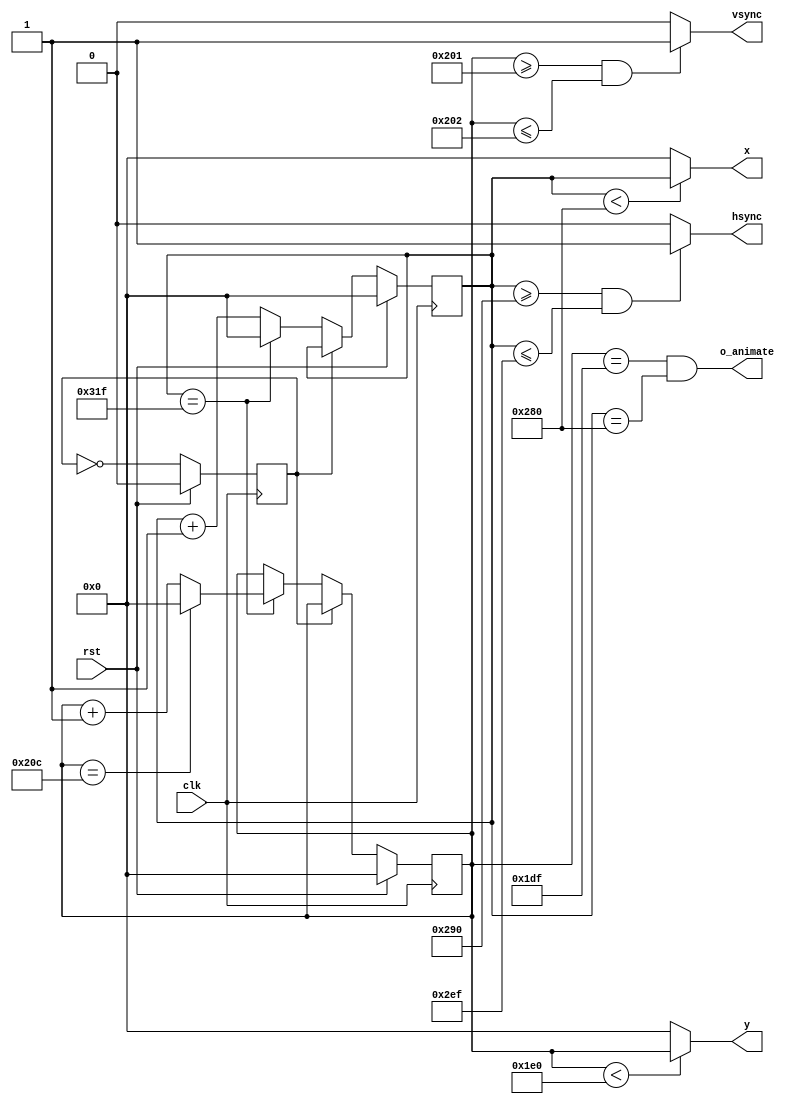
/*
   This file was generated automatically by the Mojo IDE version B1.3.6.
   Do not edit this file directly. Instead edit the original Lucid source.
   This is a temporary file and any changes made to it will be destroyed.
*/

module vga_2 (
    input clk,
    input rst,
    output reg o_animate,
    output reg hsync,
    output reg vsync,
    output reg [10:0] x,
    output reg [10:0] y
  );
  
  
  
  localparam H_DISPLAY = 10'h280;
  
  localparam H_L_BORDER = 6'h30;
  
  localparam H_R_BORDER = 5'h10;
  
  localparam H_RETRACE = 7'h60;
  
  localparam H_MAX = 14'h031f;
  
  localparam START_H_RETRACE = 11'h290;
  
  localparam END_H_RETRACE = 13'h02ef;
  
  localparam V_DISPLAY = 9'h1e0;
  
  localparam V_T_BORDER = 4'ha;
  
  localparam V_B_BORDER = 6'h21;
  
  localparam V_RETRACE = 2'h2;
  
  localparam V_MAX = 13'h020c;
  
  localparam START_V_RETRACE = 10'h201;
  
  localparam END_V_RETRACE = 12'h202;
  
  reg [10:0] M_pixel_d, M_pixel_q = 1'h0;
  reg [10:0] M_line_d, M_line_q = 1'h0;
  reg M_pixel_reg_d, M_pixel_reg_q = 1'h0;
  
  reg pixel_tick;
  
  always @* begin
    M_pixel_reg_d = M_pixel_reg_q;
    M_pixel_d = M_pixel_q;
    M_line_d = M_line_q;
    
    M_pixel_reg_d = ~M_pixel_reg_q;
    pixel_tick = (M_pixel_reg_q == 1'h0);
    o_animate = ((M_line_q == 10'h1df) & (M_pixel_q == 10'h280));
    if (M_pixel_q < 10'h280) begin
      x = M_pixel_q;
    end else begin
      x = 1'h0;
    end
    if (M_line_q < 9'h1e0) begin
      y = M_line_q;
    end else begin
      y = 1'h0;
    end
    if (M_pixel_q >= 11'h290 && M_pixel_q <= 13'h02ef) begin
      hsync = 1'h1;
    end else begin
      hsync = 1'h0;
    end
    if (M_line_q >= 10'h201 && M_line_q <= 12'h202) begin
      vsync = 1'h1;
    end else begin
      vsync = 1'h0;
    end
    if (pixel_tick == 1'h1) begin
      if (M_pixel_q == 14'h031f) begin
        if (M_line_q == 13'h020c) begin
          M_line_d = 1'h0;
        end else begin
          M_line_d = M_line_q + 1'h1;
        end
        M_pixel_d = 1'h0;
      end else begin
        M_pixel_d = M_pixel_q + 1'h1;
      end
    end
  end
  
  always @(posedge clk) begin
    if (rst == 1'b1) begin
      M_pixel_q <= 1'h0;
      M_line_q <= 1'h0;
      M_pixel_reg_q <= 1'h0;
    end else begin
      M_pixel_q <= M_pixel_d;
      M_line_q <= M_line_d;
      M_pixel_reg_q <= M_pixel_reg_d;
    end
  end
  
endmodule